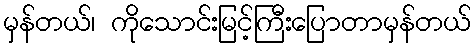
မှန်တယ်၊ ကိုသောင်းမြင့်ကြီးပြောတာမှန်တယ်